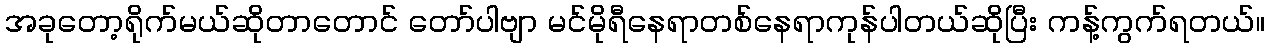
အခုတော့ရိုက်မယ်ဆိုတာတောင် တော်ပါဗျာ မင်မိုရီနေရာတစ်နေရာကုန်ပါတယ်ဆိုပြီး ကန့်ကွက်ရတယ်။